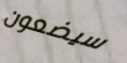
سيضعون